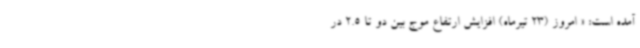
آمده است: « امروز (23 تیرماه)‌ افزایش ارتفاع موج بین دو تا 2.5 در